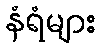
နံရံများ